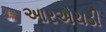
આરએચડી